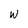
Character: W